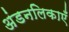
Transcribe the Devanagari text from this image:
अंडनलिकाएँ